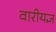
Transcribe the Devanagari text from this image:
वारीयज्ञ